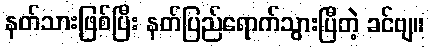
နတ်သားဖြစ်ပြီး နတ်ပြည်ရောက်သွားပြီတဲ့ ခင်ဗျ။